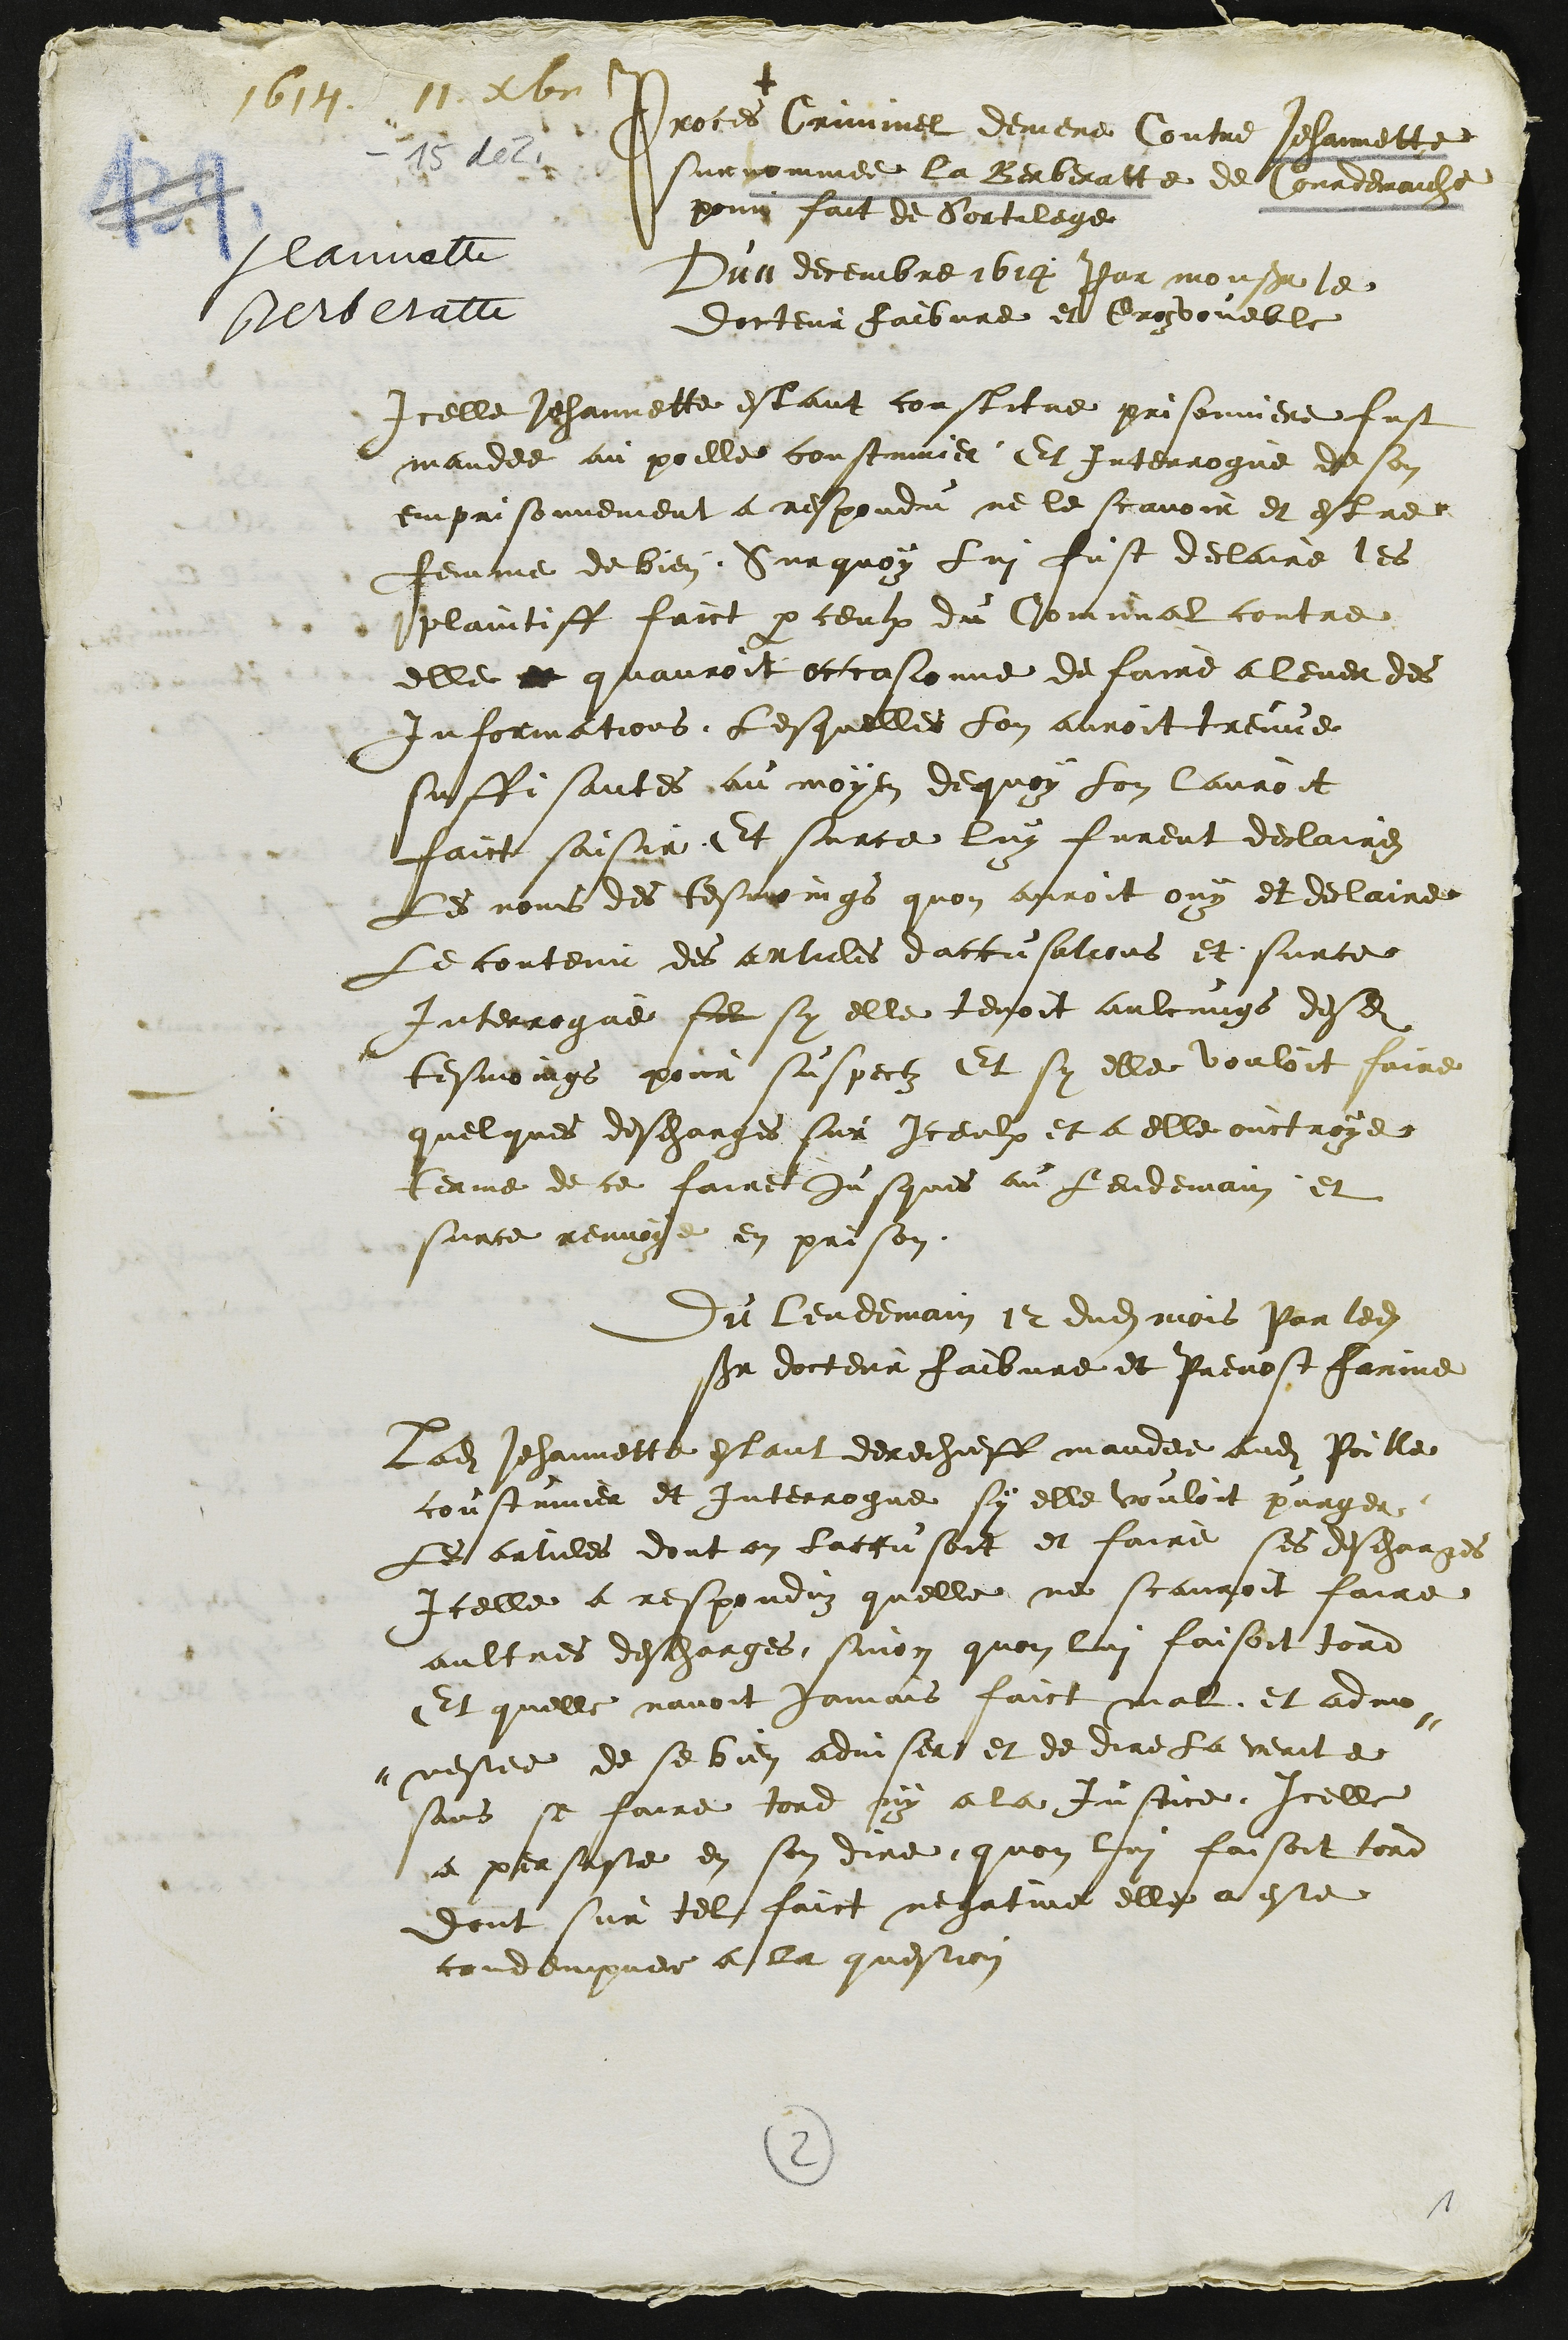
1617. 11. décembre
- 15 dez
Jeannette.
Berberatte
+
Proces Criminel demene Contre Jehannette
surnommee la Berberatte de Courdemaiche
pour fait de Sortilege
Du 11 decembre 1614 Par monsieur le
docteur faibvre et Gros voueble
Icelle Jehannette estant constitue prisonniere fust
mandee au poille constinier Et interrogue de son
emprisonnement a respondu ne le scavoir et estre
femme de bien. Surquoy lui fust declaire les
laintiff faict par ceulx du Comunal contre
elle et quauroit occasionne de faire a lever des
Informations lesquelles lon auroit treuve
suffisantes au moyen de quoy lon lauroit
faict saisie Et surce luy furent declairez
Les nous des tesmoings quon auroit ouy et declaire
le contenu des articles daccusations et surce
Interrogue sil sy elle tenoit aulcungs desdits
tesmoings pour suspectz Et sy elle vouloit faire
quelques descharges sur Iceulx et a elle ouctroye
terme de ce faire jusques au lendemain et
surce renvoye en prison
Du lendemain 12 dudit mois Par ledit
in docteur faibvre et Prevost farine
Ladite Jehannette estant derechieff mandee audit Poille
coustiner et interrogue sy elle vouloit purger
Les articles dont on laccusoit et faire ses descharges
Icelle a respondu quelle ne scauroit faire
aultres descharges, sinon quon lui faisoit tord
Et quelle navoit jamais faict mal, et advin
nestee de se bien adviser et de dire la verite
sans se faire tord ny a la justice Icelle
a persuste en son dire quon lui faisoit tord
dont sur tel faict negatine elle a este
condempnee a la question
3
1